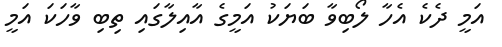
އަމީ ދެކެ އެހާ ލޯބިވާ ބަޔަކު އަމީގެ އާއިލާގައި ތިބި ވާހަކަ އަމީ